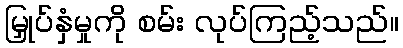
မြှုပ်နှံမှုကို စမ်း လုပ်ကြည့်သည်။